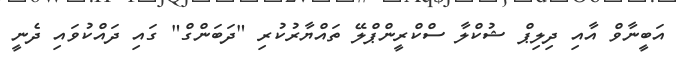
އަބީނާވް އާއި ދިލިޕް ޝުކްލާ ސްކްރީންޕްލޭ ތައްޔާރުކުރި "ދަބަންގް" ގައި ދައްކުވައި ދެނީ